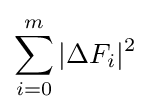
\sum _{i=0}^{m}|\Delta F_{i}|^{2}